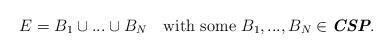
LaTeX: \begin{align*}E=B_1 \cup ... \cup B_N \quad\mbox{with some $B_1, ..., B_N\in\emph{\textbf{CSP}}.$}\end{align*}